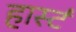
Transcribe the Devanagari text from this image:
हार्स्ट